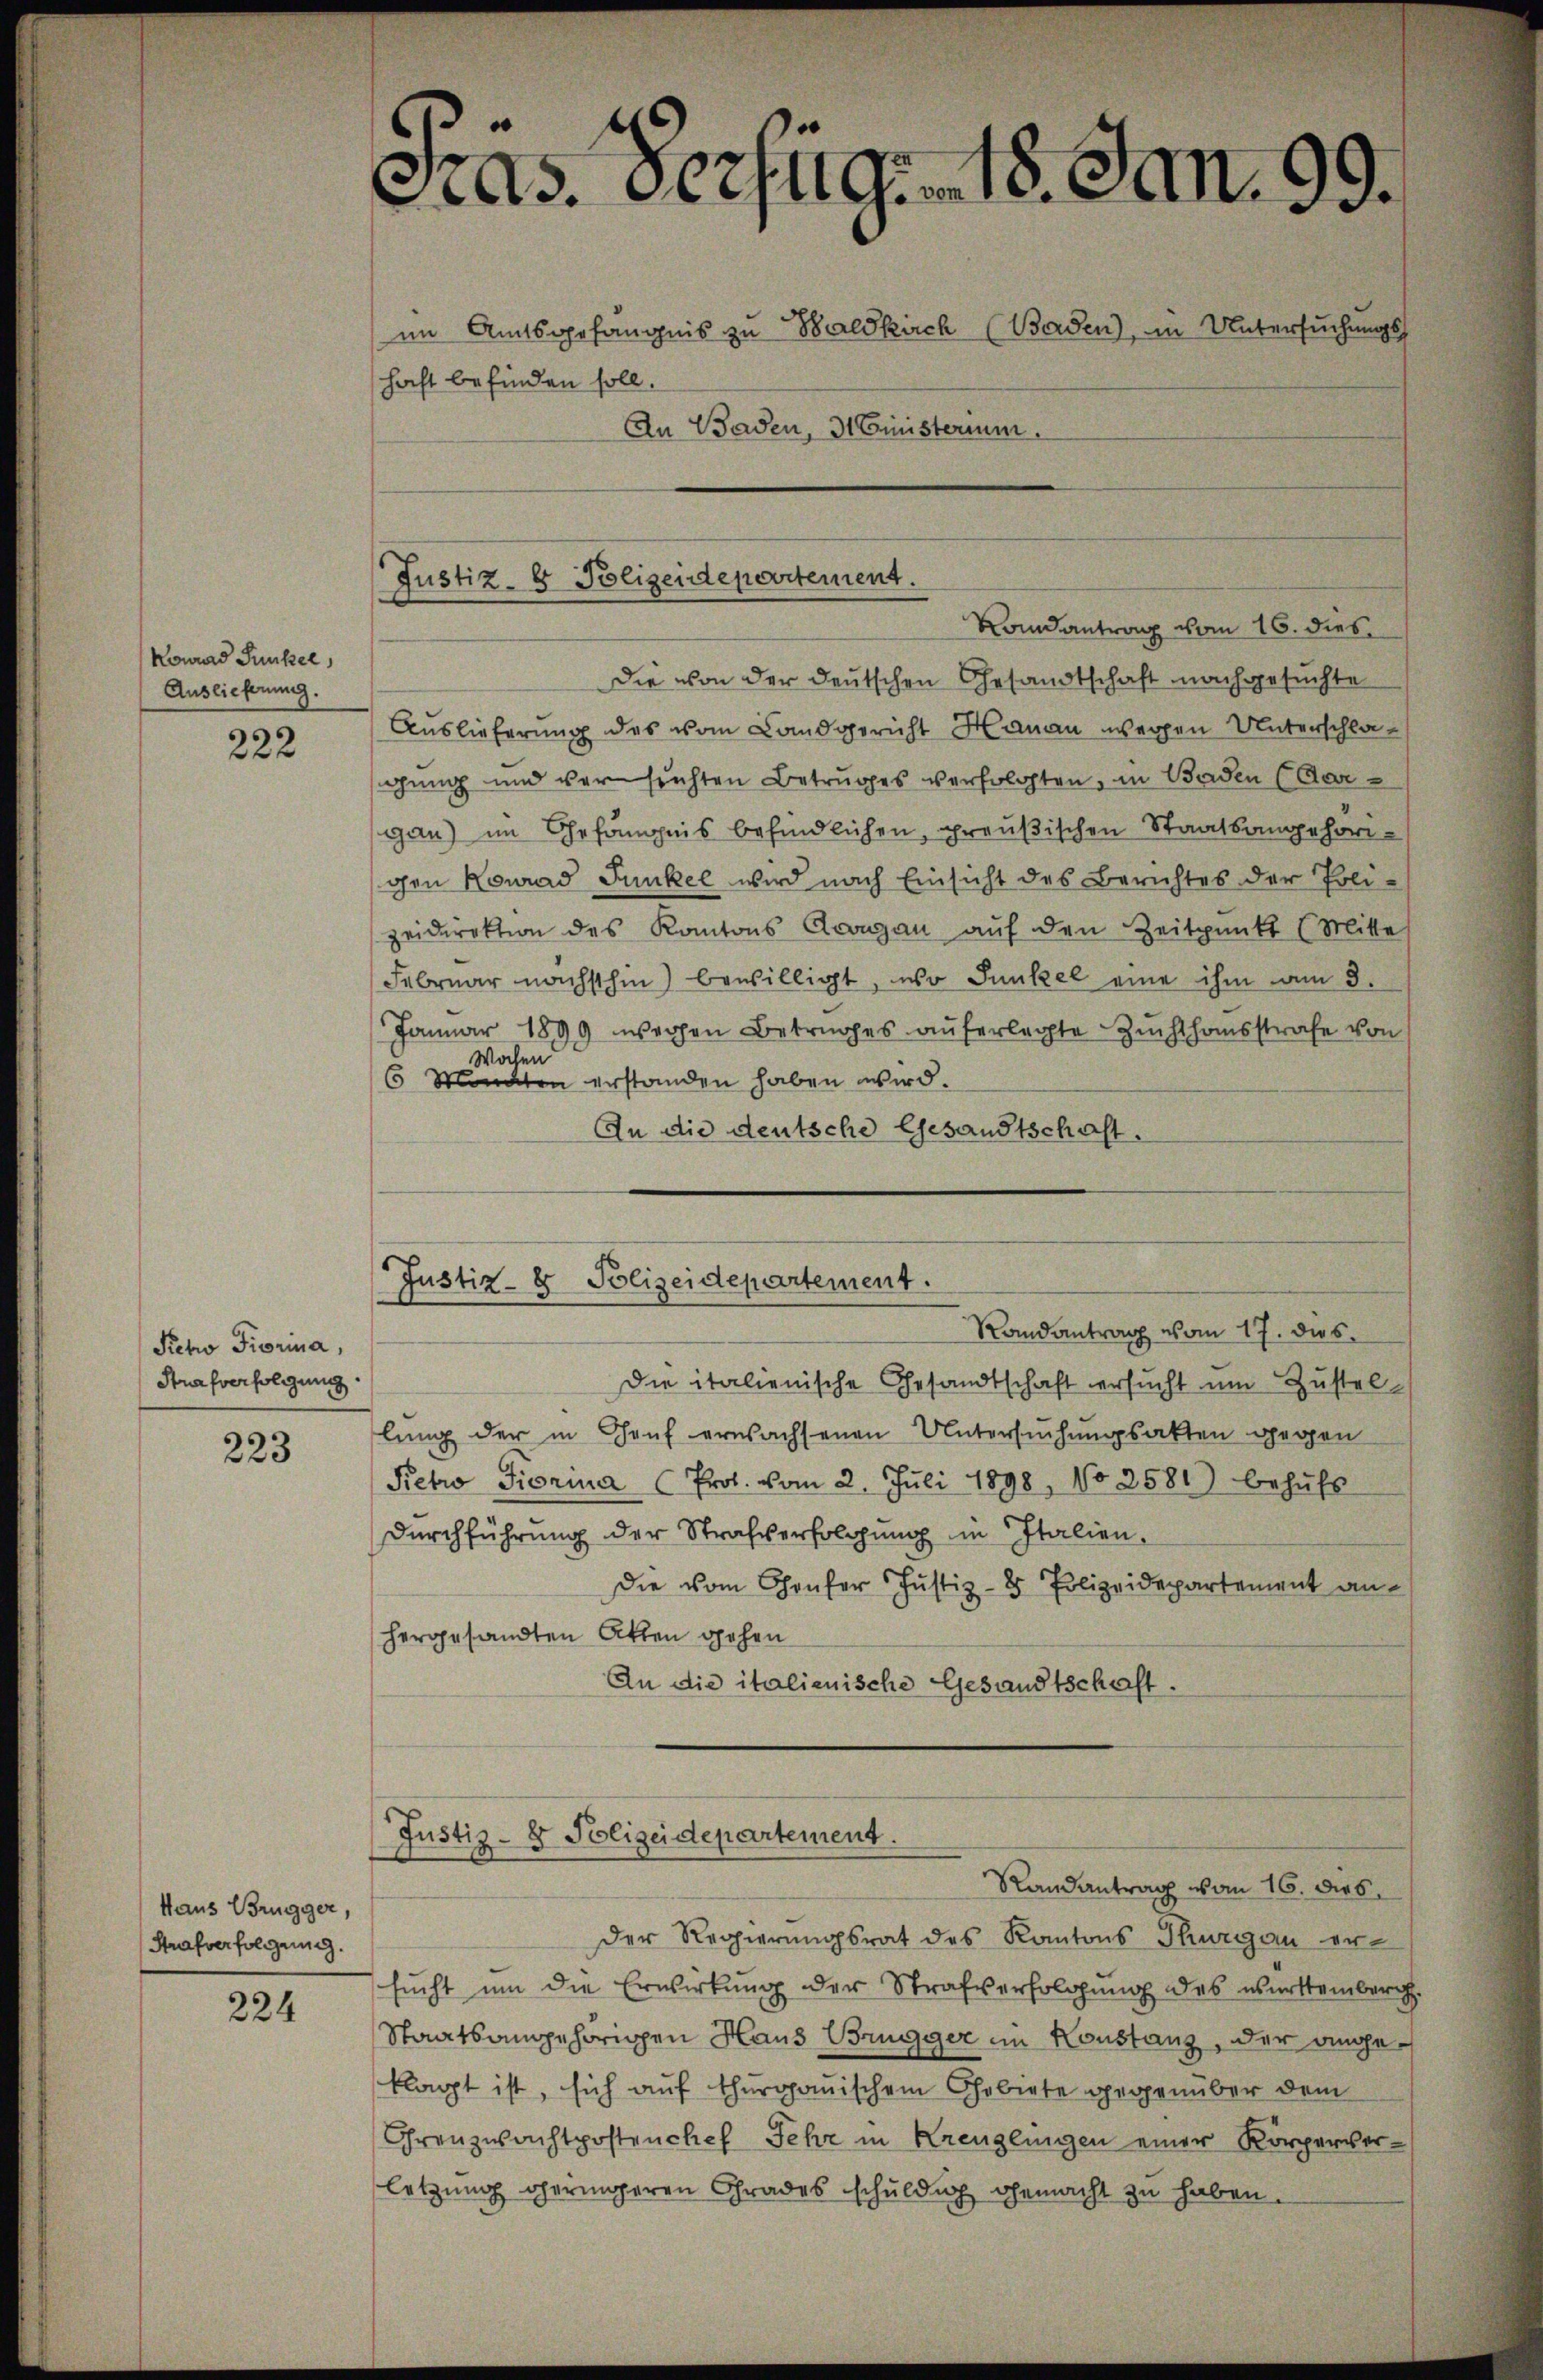
Konrad Funkel
Auslieferung.

222

Petro Fiorina,
Strafverfolgung

223

Haus Brugger,
Strafverfolgend.

224

As. Bezug. 18. Jan. 99.
im Amtsgefängnis zu Baldkirch (Baden), in Untersuchungs
haft befinden soll.
An Baden, 31 Ministerium.

Justiz- & Polizeidepartement.
Randantrag vom 16. dies

Die von der deutschen Gesandtschaft nachgesuchte
Auslieferung des vom Landgericht Hanau wegen Unterschlagung und vor suchten Betruges verfolgten, in Baden (Aar
gan) im Ehefängnis befindlichen, preußischen Staatsangehörigen Konrad Junkel wird nach Einsicht des Berichtes der Poli-
zeidirektion des Kantons Crongau aŭf den Zeitpunkt (Mitte
Februar nächsthin) bewilligt, wo Junkel eine ihm am 3.
Januar 1899 wegen Betruges auferlegte Zuchthausstrafe von
Wochen
6 Monaten erstanden haben wird.
An die deutsche Gesandtschaft.
Justiz- & Polizeidepartement.
Randantrag vom 17. dies
Die italienische Gesandtschaft ersucht um Zustellung der in Hauf erwachsenen Untersuchungsakten gegen
Petro Fiorina (Prot. vom 2. Juli 1898, No 2581) behŭfs
Durchführung der Strafverfolgung in Italien.
Die vom Chaufer Justiz- & Polizeidepartement an-
hergesandten Akten gehen
An die italienische Gesandtschaft.

Justiz- & Polizeidepartement.
Randantrag von 16. dies

der Regierungsrat des Kantons Thurgau ersucht um die Erwirkung der Strafverfolgung des württemberg.
Staatsangehörigen Haus Brugger im Konstanz, der angeklagt ist, sich auf thurgauischem Gebiete gegenüber dem
Grenzwachtpostenchef Jehe in Kreuzlingen einer Körperverletzung geringeren Grades schuldig gemacht zu haben.